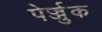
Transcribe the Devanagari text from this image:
पेर्ज्जुक